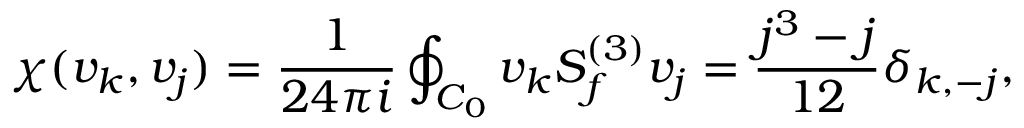
\chi ( v _ { k } , v _ { j } ) = { \frac { 1 } { 2 4 \pi i } } \oint _ { { \cal C } _ { 0 } } v _ { k } { \cal S } _ { f } ^ { ( 3 ) } v _ { j } = { \frac { j ^ { 3 } - j } { 1 2 } } \delta _ { k , - j } ,